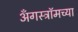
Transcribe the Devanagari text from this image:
अँगस्ट्रॉमच्या